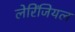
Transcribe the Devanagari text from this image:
लेरिंजियल